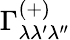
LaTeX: \Gamma_{\lambda\lambda^{\prime}\lambda^{\prime\prime}}^{(+)}